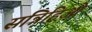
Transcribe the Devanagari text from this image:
सन्निहिओ